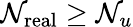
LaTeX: \mathcal{N}_{\mathrm{{real}}}\geq\mathcal{N}_{u}